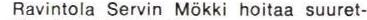
Ravintola Servin Mökki hoitaa suuret-